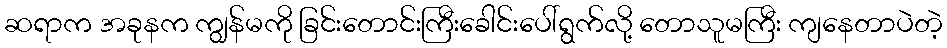
ဆရာက အခုနက ကျွန်မကို ခြင်းတောင်းကြီးခေါင်းပေါ်ရွက်လို့ တောသူမကြီး ကျနေတာပဲတဲ့